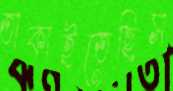
তাকাইতেছিস